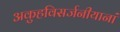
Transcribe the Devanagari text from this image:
अकुहविसर्जनीयानां